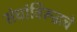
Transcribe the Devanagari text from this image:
संघांविरूद्धचे